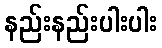
နည်းနည်းပါးပါး